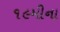
૧૯મીના